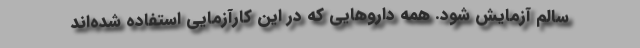
سالم آزمایش شود. همه داروهایی که در این کارآزمایی استفاده شده‌‌اند